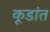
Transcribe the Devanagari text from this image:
कूडांत